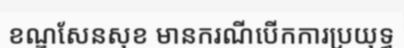
ខណ្ឌសែនសុខ មានករណីបើកការប្រយុទ្ធ